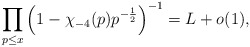
\begin{align*}\prod_{p \leq x} \left(1-\chi_{-4}(p) p^{-\frac{1}{2}} \right)^{-1} = L+o(1),\end{align*}